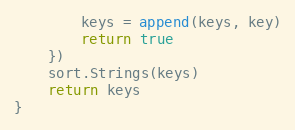
Language: Go
		keys = append(keys, key)
		return true
	})
	sort.Strings(keys)
	return keys
}